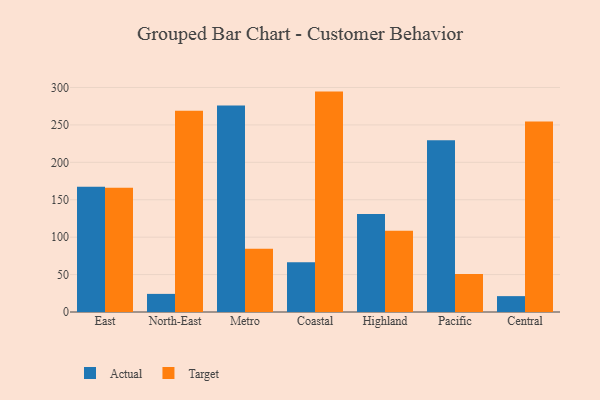
{"axis": {"x": "Region", "y": "Inventory Turnover"}, "legend": ["Actual", "Target"], "data": [{"x": "East", "y": 167.4, "type": "Actual"}, {"x": "East", "y": 166.0, "type": "Target"}, {"x": "North-East", "y": 24.2, "type": "Actual"}, {"x": "North-East", "y": 268.8, "type": "Target"}, {"x": "Metro", "y": 275.8, "type": "Actual"}, {"x": "Metro", "y": 84.6, "type": "Target"}, {"x": "Coastal", "y": 66.6, "type": "Actual"}, {"x": "Coastal", "y": 294.5, "type": "Target"}, {"x": "Highland", "y": 131.0, "type": "Actual"}, {"x": "Highland", "y": 108.6, "type": "Target"}, {"x": "Pacific", "y": 229.4, "type": "Actual"}, {"x": "Pacific", "y": 50.9, "type": "Target"}, {"x": "Central", "y": 21.2, "type": "Actual"}, {"x": "Central", "y": 254.4, "type": "Target"}]}